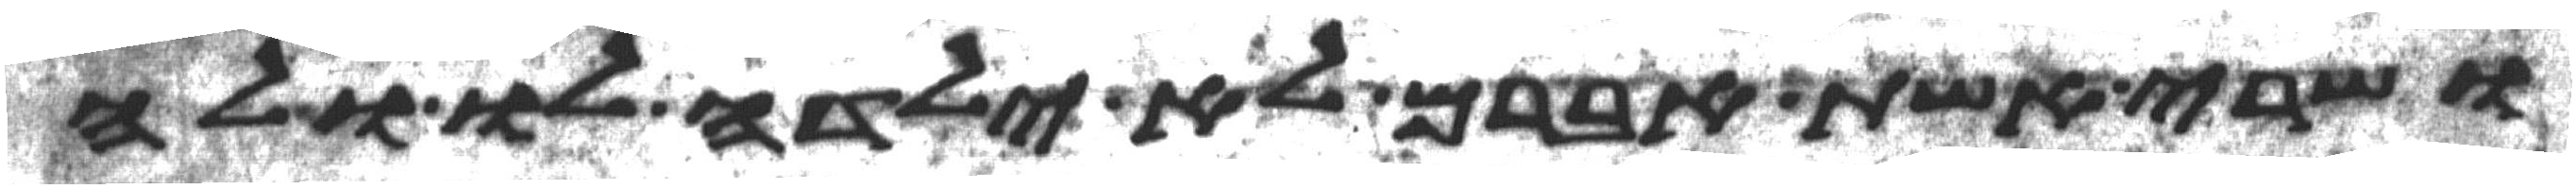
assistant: ושרי אשת אברם לא ילדה לו ולה